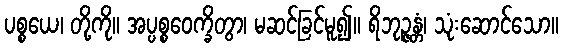
ပစ္စယေ၊ တို့ကို။ အပ္ပစ္စဝေက္ခိတွာ၊ မဆင်ခြင်မူ၍။ ရိဘုဉ္ဇန္တံ၊ သုံးဆောင်သော။